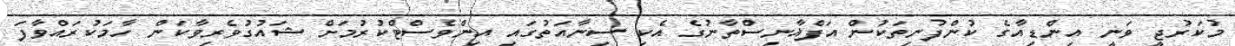
މުކަރުޖީ ވަނީ އިންޑިއާގެ ކުންފުނިތަކުން އަފްޣާނިސްތާނުގެ އެކި ސިނާއަތުގައި އިންވެސްޓްކުރުމަށް ޝައުގުވެރިވާކަން ހާމަކުރައްވާފަ